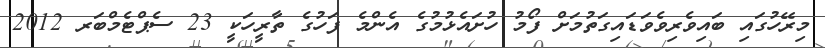
މިރޭހުގައި ބައިވެރިވެވަޑައިގަތުމަށް ފޯމު ހުށައެޅުމުގެ އެންމެ ފަހުގެ ތާރީހަކީ 23 ސެޕްޓެމްބަރ 2012